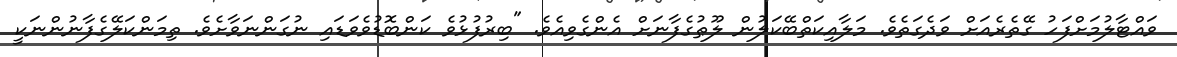
ވައްޓާލުމަށްފަހު ގޭތެރެއަށް ވަދެގަތެވެ. މަލާއިކަތްބޭކަލުން ލޫޠުގެފާނަށް އެންގެވިއެވެ. "ބިރުފުޅުވެ ކަންބޮޑުވެވަޑައި ނުގަންނަވާށެވެ. ތިމަންކަލޭގެފާނުންނަކީ